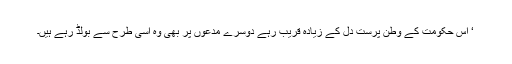
‘ اس حکومت کے وطن پرست دل کے زیادہ قریب رہے دوسرے مدعوں پر بھی وہ اسی طرح سے بولڈ رہے ہیں۔